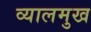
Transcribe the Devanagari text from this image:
व्यालमुख